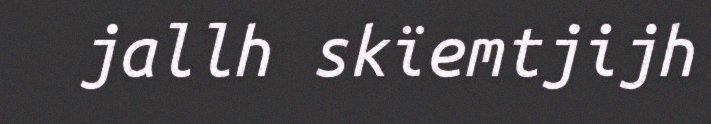
jallh skïemtjijh